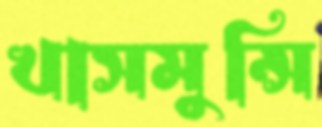
খাসমুন্সি